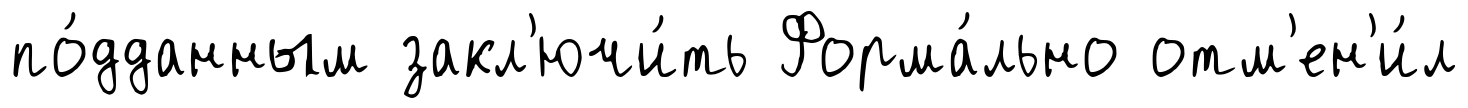
по́дданным закл'ючи́ть Форма́льно отм'ен'и́л